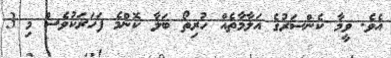
އެވެ. ވީމާ ކެންސަރުގެ އަލާމާތެއް ހުރިތޯ ބަލާ ކޮންމެ ފަހަރަކުވެސް މި 3